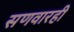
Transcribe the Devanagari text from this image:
सणवारही